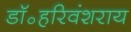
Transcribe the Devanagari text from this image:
डॉ॰हरिवंशराय